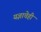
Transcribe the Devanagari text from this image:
यज्ञाचेही